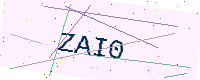
Text: ZAI0